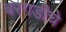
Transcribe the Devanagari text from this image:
बरगडीचे